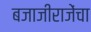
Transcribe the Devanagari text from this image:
बजाजीराजेंचा